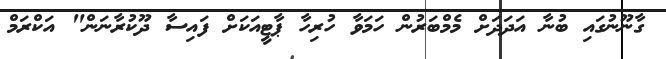
ގާނޫނުގައި ބުނާ އަދަދަށް މެމްބަރުން ހަމަވާ ހުރިހާ ޕާޓީއަކަށް ފައިސާ ދޫކުރާނަން" އަކްރަމް